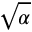
\sqrt { \alpha }